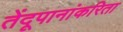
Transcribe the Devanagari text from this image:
तेंदूपानांकरिता